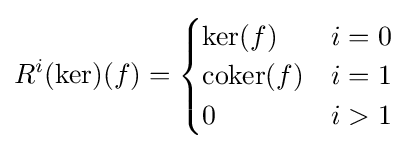
R^{i}(\ker )(f)={\begin{cases}\ker(f)&i=0\\\operatorname {coker} (f)&i=1\\0&i>1\end{cases}}